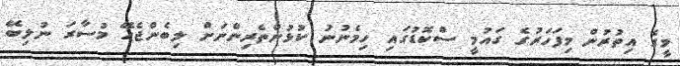
މީގެ އިތުރުން މިފަހަރުގެ ގައުމީ ސްކޮޑުގައި ހިމެނުނު ކުޅުންތެރިންނަށް ލިބެންޖެހޭ މުސާރަ ނުލިބޭ